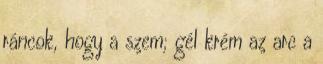
ráncok, hogy a szem; gél krém az arc a